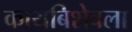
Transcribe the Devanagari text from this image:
कायबिशेवला